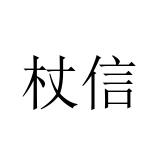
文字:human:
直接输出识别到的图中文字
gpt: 杖信